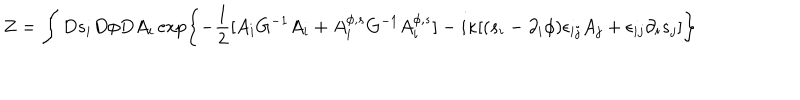
Z = \int D s _ { i } D \phi D A _ { i } \exp \left\{ - \frac { 1 } { 2 } [ A _ { i } G ^ { - 1 } A _ { i } + A _ { i } ^ { \phi , s } G ^ { - 1 } A _ { i } ^ { \phi , s } ] - i \kappa [ ( s _ { i } - \partial _ { i } \phi ) \epsilon _ { i j } A _ { j } + \epsilon _ { i j } \partial _ { i } s _ { j } ] \right\}